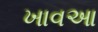
ખાવઆ